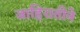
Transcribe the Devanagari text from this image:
जाहिरातीने